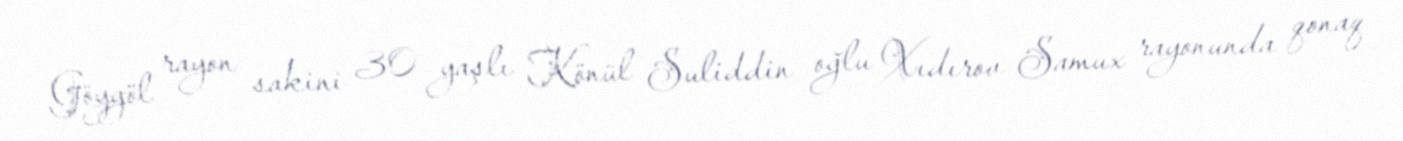
Göygöl rayon sakini 30 yaşlı Könül Suliddin oğlu Xıdırov Samux rayonunda qonaq